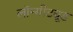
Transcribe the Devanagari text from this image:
लॉन्गीट्यूड